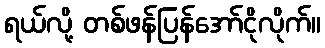
ရယ်လို့ တစ်ဖန်ပြန်အော်ငိုလိုက်။